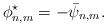
LaTeX: \begin{align*}\phi_{n,m}^{\star}=-\bar{\psi}_{n,m}.\end{align*}